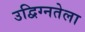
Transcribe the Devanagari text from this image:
उद्विग्नतेला